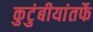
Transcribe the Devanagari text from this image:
कुटुंबीयांतर्फे